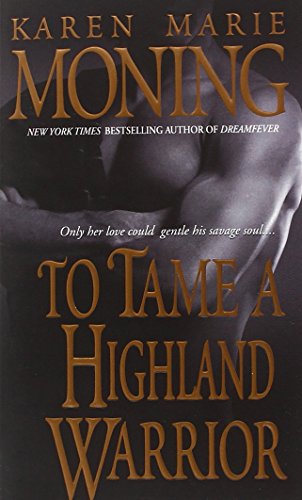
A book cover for To Tame a Highland Warrior (Highlander, Book 2); Karen Marie Moning; Romance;